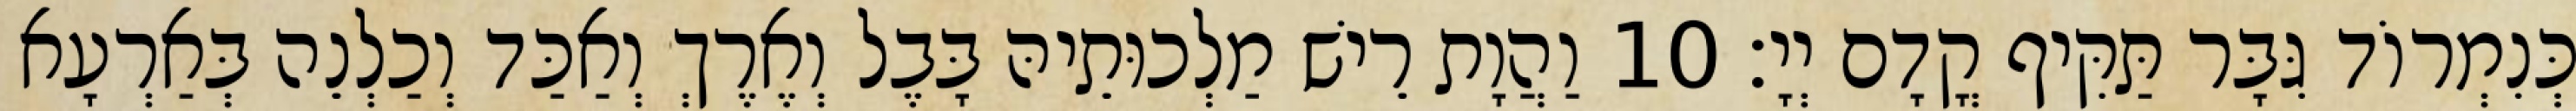
כְּנִמְרוֹד גִּבָּר תַּקִּיף קֳדָם יְיָ׃ 10 וַהֲוָת רֵישׁ מַלְכוּתֵיהּ בָּבֶל וְאֶרֶךְ וְאַכַּד וְכַלְנֵה בְּאַרְעָא